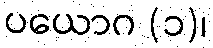
ပယောဂ (၁)၊